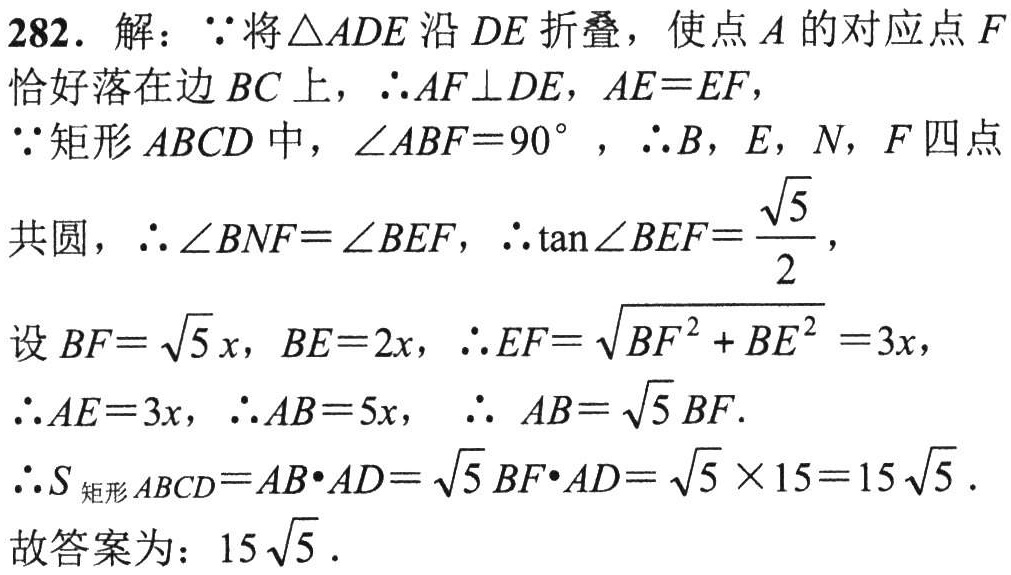
282. 解：\(\because\)将\(\triangle ADE\)沿\(DE\)折叠，使点\(A\)的对应点\(F\)
恰好落在边\(BC\)上，\(\therefore AF\perp DE\)，\(AE = EF\)，
\(\because\)矩形\(ABCD\)中，\(\angle ABF = 90^{\circ}\)，\(\therefore B\)，\(E\)，\(N\)，\(F\)四点
共圆，\(\therefore\angle BNF=\angle BEF\)，\(\therefore\tan\angle BEF=\dfrac{\sqrt{5}}{2}\)，
设\(BF = \sqrt{5}x\)，\(BE = 2x\)，\(\therefore EF=\sqrt{BF^{2}+BE^{2}} = 3x\)，
\(\therefore AE = 3x\)，\(\therefore AB = 5x\)， \(\therefore AB=\sqrt{5}BF\).
\(\therefore S_{矩形ABCD}=AB\cdot AD=\sqrt{5}BF\cdot AD=\sqrt{5}\times15 = 15\sqrt{5}\).
故答案为：\(15\sqrt{5}\).